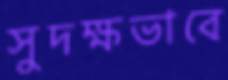
সুদক্ষভাবে